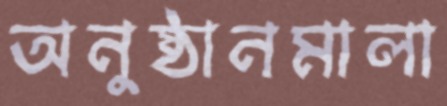
অনুষ্ঠানমালা